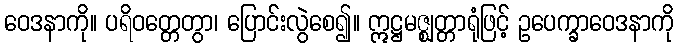
ဝေဒနာကို။ ပရိဝတ္တေတွာ၊ ပြောင်းလွဲစေ၍။ ဣဋ္ဌမဇ္ဈတ္တာရုံဖြင့် ဥပေက္ခာဝေဒနာကို